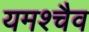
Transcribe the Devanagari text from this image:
यमश्चैव